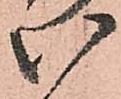
い